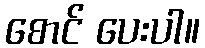
စောင် ပေးပါ။